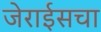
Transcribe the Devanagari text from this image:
जेराईसचा